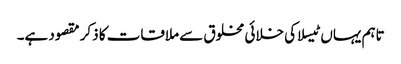
تاہم یہاں ٹیسلا کی خلائی مخلوق سے ملاقات کا ذکر مقصود ہے۔